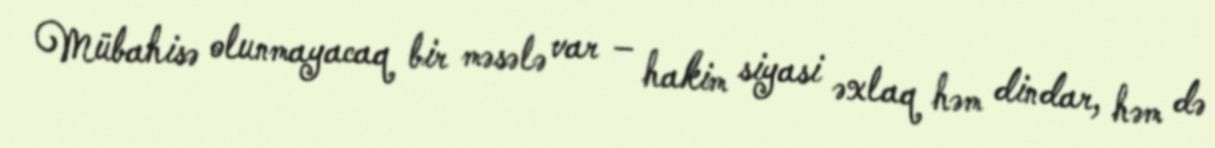
Mübahisə olunmayacaq bir məsələ var – hakim siyasi əxlaq həm dindar, həm də